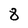
Character: 8